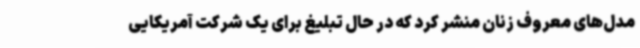
مدل‌های معروف زنان منشر کرد که در حال تبلیغ برای یک شرکت آمریکایی